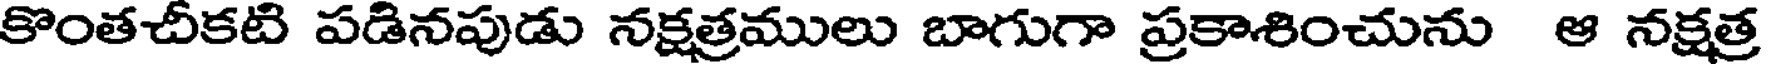
కొంతచీకటి పడినపుడు నక్షత్రములు బాగుగా ప్రకాశించును ఆ నక్షత్ర